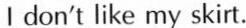
I don't like my skirt.